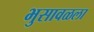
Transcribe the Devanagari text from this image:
भुसावळला